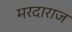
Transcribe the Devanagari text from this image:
मरदाराज